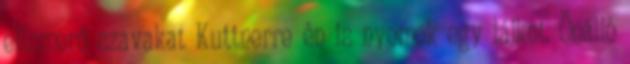
elismerő szavakat Kuttnerre én is nyomok egy lájkot. Önálló